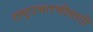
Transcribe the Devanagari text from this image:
राष्ट्रउभारणीसाठी